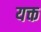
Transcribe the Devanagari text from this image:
यक्त